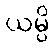
ယမ္ပိ